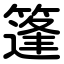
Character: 篷